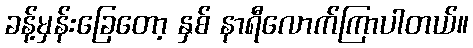
ခန့်မှန်းခြေတော့ နှစ် နာရီလောက်ကြာပါတယ်။